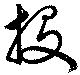
投